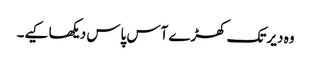
وہ دیر تک کھڑے آس پاس دیکھا کیے۔